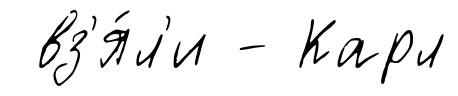
вз'я́л'и - Карл